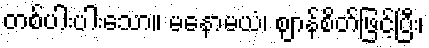
တစ်ပါးပါးသော။ မနောမယံ၊ ဈာန်စိတ်ဖြင့်ပြီး၊